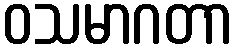
ဝသမာဂတာ